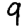
Digit: 9